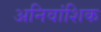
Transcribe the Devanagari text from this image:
अनिवांशिक